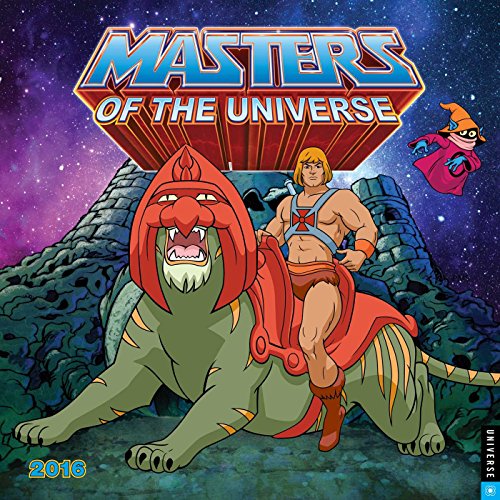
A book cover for He-Man and the Masters of the Universe 2016 Wall Calendar; Dreamworks; Calendars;